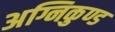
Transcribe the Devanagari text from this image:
अग्निकुण्ड